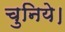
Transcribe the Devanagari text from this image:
चुनिये।